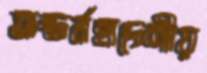
অন্তর্মহাদেশীয়